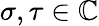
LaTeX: \sigma,\tau\in\mathbb{C}